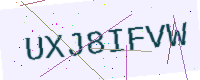
Text: UXJ8IFVW